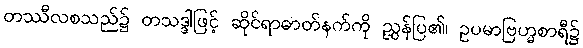
တဿီလစသည်၌ တသဒ္ဒါဖြင့် ဆိုင်ရာဓာတ်နက်ကို ညွှန်ပြ၏၊ ဥပမာဗြဟ္မစာရီ၌